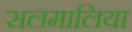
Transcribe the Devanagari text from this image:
सलमालिया